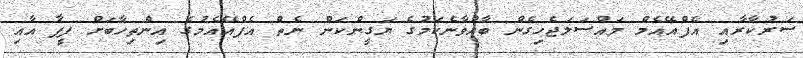
ސަރުކާރާއި އެފްއޭއެމް މައްސަލަޖެހިގެން ބާއްވާނެކަމުގެ ޔަގީންކަން ނެތް އެފްއޭއެމުގެ އިންތިހާބަށް ފީފާ އާއި